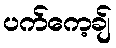
ပက်ကေ့ချ်